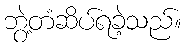
ဘွဲ့တံဆိပ်ရခဲ့သည်။